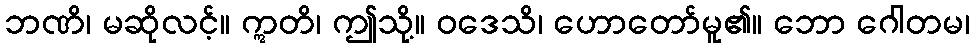
ဘဏိ၊ မဆိုလင့်။ ဣတိ၊ ဤသို့။ ဝဒေသိ၊ ဟောတော်မူ၏။ ဘော ဂေါတမ၊